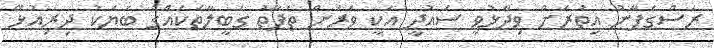
ރަސްގެފާނު އިތުރަށް ވިދާޅުވީ ސައުދީ އަކީ ވަރަށް ތަފާތު ގަބީލާތަކެއްގެ ބަޔަކު ދިރިއުޅޭ